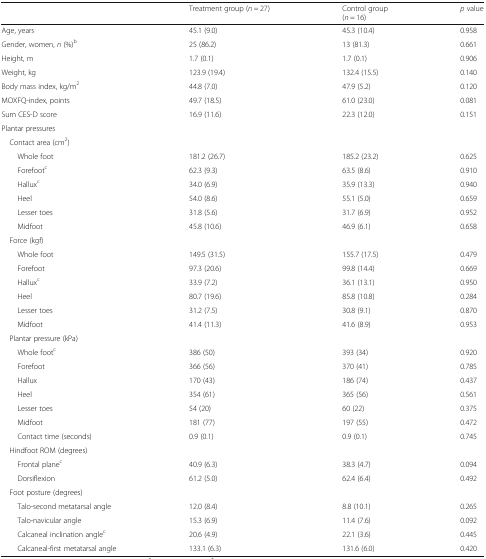
<table><thead><tr><td></td><td><b>Treatment group (<i>n</i> = 27)</b></td><td><b>Control group(<i>n</i> = 16)</b></td><td><b><i>p</i> value</b></td></tr></thead><tbody><tr><td>Age, years</td><td>45.1 (9.0)</td><td>45.3 (10.4)</td><td>0.958</td></tr><tr><td>Gender, women, <i>n</i> (%)<sup>b</sup></td><td>25 (86.2)</td><td>13 (81.3)</td><td>0.661</td></tr><tr><td>Height, m</td><td>1.7 (0.1)</td><td>1.7 (0.1)</td><td>0.906</td></tr><tr><td>Weight, kg</td><td>123.9 (19.4)</td><td>132.4 (15.5)</td><td>0.140</td></tr><tr><td>Body mass index, kg/m<sup>2</sup></td><td>44.8 (7.0)</td><td>47.9 (5.2)</td><td>0.120</td></tr><tr><td>MOXFQ-index, points</td><td>49.7 (18.5)</td><td>61.0 (23.0)</td><td>0.081</td></tr><tr><td>Sum CES-D score</td><td>16.9 (11.6)</td><td>22.3 (12.0)</td><td>0.151</td></tr><tr><td colspan="4">Plantar pressures</td></tr><tr><td colspan="4"> Contact area (cm<sup>2</sup>)</td></tr><tr><td>Whole foot</td><td>181.2 (26.7)</td><td>185.2 (23.2)</td><td>0.625</td></tr><tr><td>Forefoot<sup>c</sup></td><td>62.3 (9.3)</td><td>63.5 (8.6)</td><td>0.910</td></tr><tr><td>Hallux<sup>c</sup></td><td>34.0 (6.9)</td><td>35.9 (13.3)</td><td>0.940</td></tr><tr><td>Heel</td><td>54.0 (8.6)</td><td>55.1 (5.0)</td><td>0.659</td></tr><tr><td>Lesser toes</td><td>31.8 (5.6)</td><td>31.7 (6.9)</td><td>0.952</td></tr><tr><td>Midfoot</td><td>45.8 (10.6)</td><td>46.9 (6.1)</td><td>0.658</td></tr><tr><td colspan="4"> Force (kgf)</td></tr><tr><td>Whole foot</td><td>149.5 (31.5)</td><td>155.7 (17.5)</td><td>0.479</td></tr><tr><td>Forefoot</td><td>97.3 (20.6)</td><td>99.8 (14.4)</td><td>0.669</td></tr><tr><td>Hallux<sup>c</sup></td><td>33.9 (7.2)</td><td>36.1 (13.1)</td><td>0.950</td></tr><tr><td>Heel</td><td>80.7 (19.6)</td><td>85.8 (10.8)</td><td>0.284</td></tr><tr><td>Lesser toes</td><td>31.2 (7.5)</td><td>30.8 (9.1)</td><td>0.870</td></tr><tr><td>Midfoot</td><td>41.4 (11.3)</td><td>41.6 (8.9)</td><td>0.953</td></tr><tr><td colspan="4"> Plantar pressure (kPa)</td></tr><tr><td>Whole foot<sup>c</sup></td><td>386 (50)</td><td>393 (34)</td><td>0.920</td></tr><tr><td>Forefoot</td><td>366 (56)</td><td>370 (41)</td><td>0.785</td></tr><tr><td>Hallux</td><td>170 (43)</td><td>186 (74)</td><td>0.437</td></tr><tr><td>Heel</td><td>354 (61)</td><td>365 (56)</td><td>0.561</td></tr><tr><td>Lesser toes</td><td>54 (20)</td><td>60 (22)</td><td>0.375</td></tr><tr><td>Midfoot</td><td>181 (77)</td><td>197 (55)</td><td>0.472</td></tr><tr><td>Contact time (seconds)</td><td>0.9 (0.1)</td><td>0.9 (0.1)</td><td>0.745</td></tr><tr><td colspan="4"> Hindfoot ROM (degrees)</td></tr><tr><td>Frontal plane<sup>c</sup></td><td>40.9 (6.3)</td><td>38.3 (4.7)</td><td>0.094</td></tr><tr><td>Dorsiflexion</td><td>61.2 (5.0)</td><td>62.4 (6.4)</td><td>0.492</td></tr><tr><td colspan="4"> Foot posture (degrees)</td></tr><tr><td>Talo-second metatarsal angle</td><td>12.0 (8.4)</td><td>8.8 (10.1)</td><td>0.265</td></tr><tr><td>Talo-navicular angle</td><td>15.3 (6.9)</td><td>11.4 (7.6)</td><td>0.092</td></tr><tr><td>Calcaneal inclination angle<sup>c</sup></td><td>20.6 (4.9)</td><td>22.1 (3.6)</td><td>0.445</td></tr><tr><td>Calcaneal-first metatarsal angle</td><td>133.1 (6.3)</td><td>131.6 (6.0)</td><td>0.420</td></tr></tbody></table>